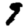
Digit: 9